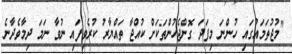
"މުޖުތަމައުގައި ހުންނަ މިފަދަ ގޮންޖެހުންތަކަށް ކުއްޖާ ތައްޔާރު ކުރެވިފައި ނުވާ ނަމަ ދިމާވެދާނެ